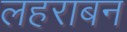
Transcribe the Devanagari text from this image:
लहराबन